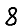
Digit: 8